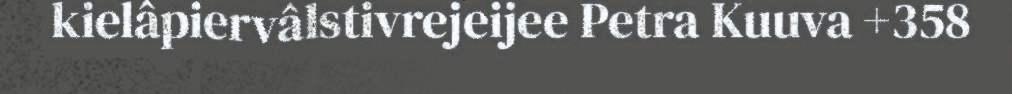
kielâpiervâlstivrejeijee Petra Kuuva +358